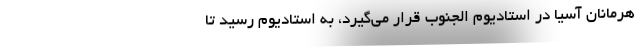
هرمانان آسیا در استادیوم الجنوب قرار می‌گیرد، به استادیوم رسید تا